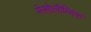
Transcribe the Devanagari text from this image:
मेसोलीम्बिक